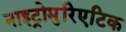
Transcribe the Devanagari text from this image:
नाइट्रोमुरिएटिक